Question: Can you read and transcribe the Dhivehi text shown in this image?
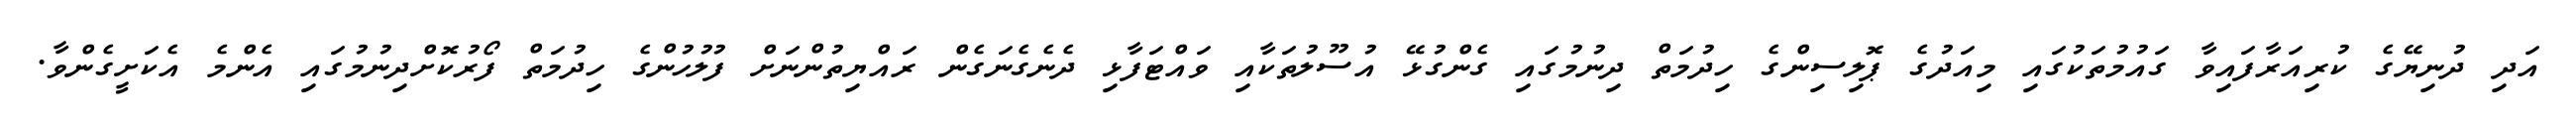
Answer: އަދި ދުނިޔޭގެ ކުރިއަރާފައިވާ ގައުމުތަކުގައި މިއަދުގެ ޕޮލިސިންގެ ހިދުމަތް ދިނުމުގައި ގެންގުޅޭ އުސޫލުތަކާއި ވައްޓަފާޅި ދެނެގެނަގެން ރައްޔިތުންނަށް ފުލުހުންގެ ހިދުމަތް ފޯރުކޮށްދިނުމުގައި އެންމެ އެކަށީގެންވާ.